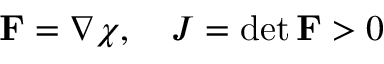
{ \bf F } = \nabla \boldsymbol { \chi } , \quad J = \operatorname* { d e t } { \bf F } > 0